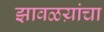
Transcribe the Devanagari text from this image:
झावळय़ांचा